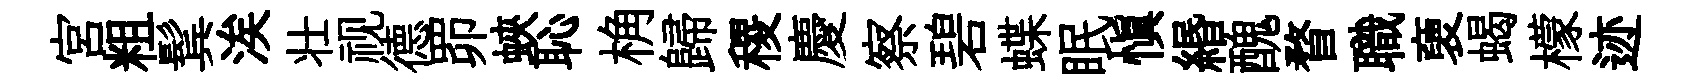
宫粗鬂涘壮视德𦊑蛺恥桷歸稷慶察碧蝶眠愼緡醜瞀職褏蝎檬迹